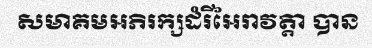
សមាគមអភិរក្សដំរីអៃរាវត្តា បាន